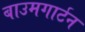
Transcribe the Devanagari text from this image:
बाउमगार्टन